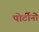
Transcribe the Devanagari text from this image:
पोर्टीनो